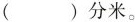
( )分米。